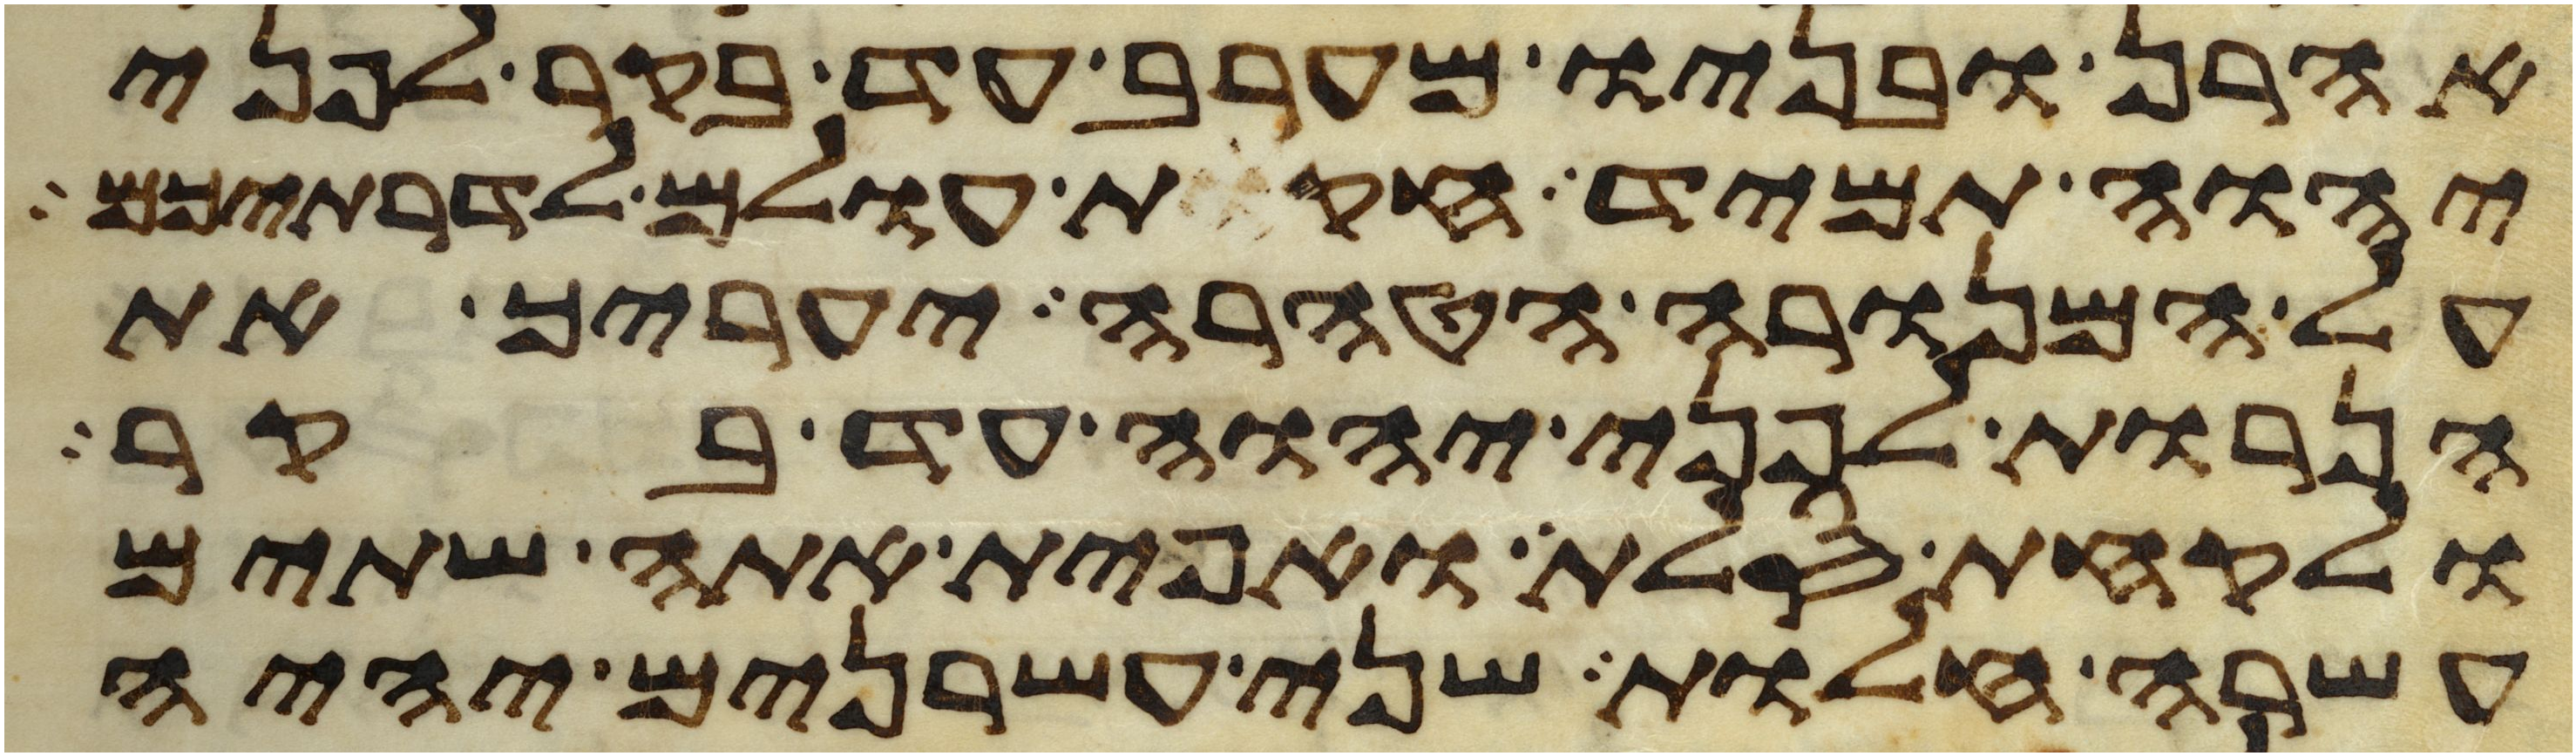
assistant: אהרן ובניו מערב עד בקר לפני
יהוה תמיד חקות עולם לדרתיכם
על המנורה הטהרה יעריך את
הנרות לפני יהוה עד בקר
ולקחת סלת ואפית אתה שתים
עשרה חלות שני עשרנים יהיה